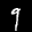
Label: 9